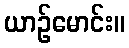
ယာဉ်မောင်း။